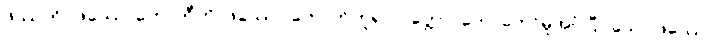
ဖဿကို။ ဖဿောဟောတီတိ၊ ဖဿော ဟောတိဟူ၍။ ဝုတ္တော၊ ဟောတော်မူအပ်ပြီ။ သော ဖဿော၊